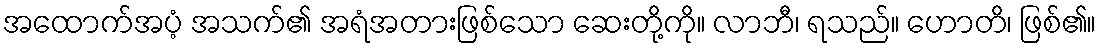
အထောက်အပံ့ အသက်၏ အရံအတားဖြစ်သော ဆေးတို့ကို။ လာဘီ၊ ရသည်။ ဟောတိ၊ ဖြစ်၏။